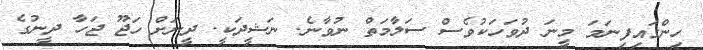
ހިންގައިފިނަމަ މީނަ ދުވަހަކުވެސް ސަލާމަތް ނުވާނެ. ނަޝީދަކީ. ދީނަށް ހަޖޫ ޖަހާ ދީނުގެ